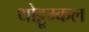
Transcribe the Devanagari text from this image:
थोट्टूम्कल